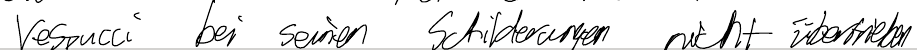
Vespucci bei seinen Schilderungen nicht übertrieben